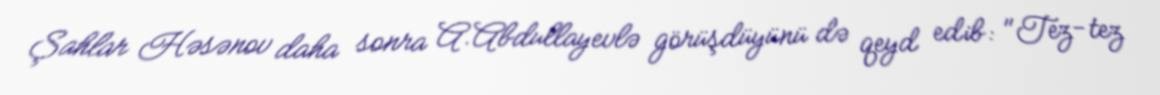
Şahlar Həsənov daha sonra A.Abdullayevlə görüşdüyünü də qeyd edib: "Tez-tez